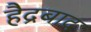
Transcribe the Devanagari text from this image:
हैद्रबाद